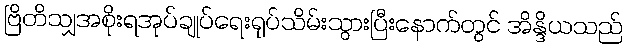
ဗြိတိသျှအစိုးရအုပ်ချုပ်ရေးရုပ်သိမ်းသွားပြီးနောက်တွင် အိန္ဒိယသည်